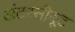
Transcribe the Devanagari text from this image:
अंटरसीबूट